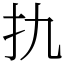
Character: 扏